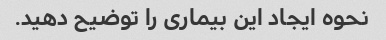
نحوه ایجاد این بیماری را توضیح دهید.